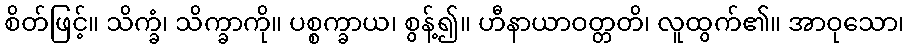
စိတ်ဖြင့်။ သိက္ခံ၊ သိက္ခာကို။ ပစ္စက္ခာယ၊ စွန့်၍။ ဟီနာယာဝတ္တတိ၊ လူထွက်၏။ အာဝုသော၊